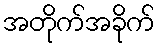
အတိုက်အခိုက်